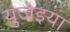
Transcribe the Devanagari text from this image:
युजेइया